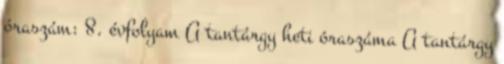
óraszám: 8. évfolyam A tantárgy heti óraszáma A tantárgy